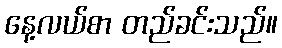
နေ့လယ်စာ တည်ခင်းသည်။